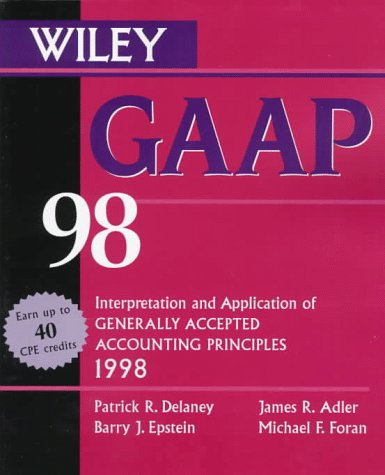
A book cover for Gaap 98: Interpretation and Application of Generally Accepted Accounting Principles 1998 (Serial); Patrick R. Delaney; Business & Money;